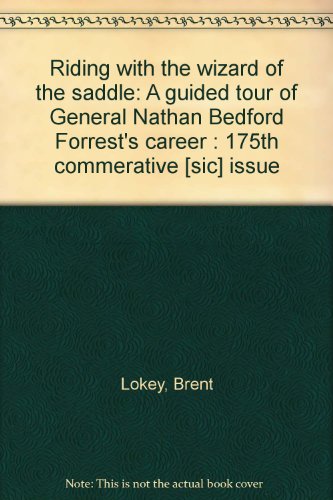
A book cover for Riding with the wizard of the saddle: A guided tour of General Nathan Bedford Forrest's career : 175th commerative [sic] issue; Brent Lokey; Travel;